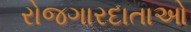
રોજગારદાતાઓ